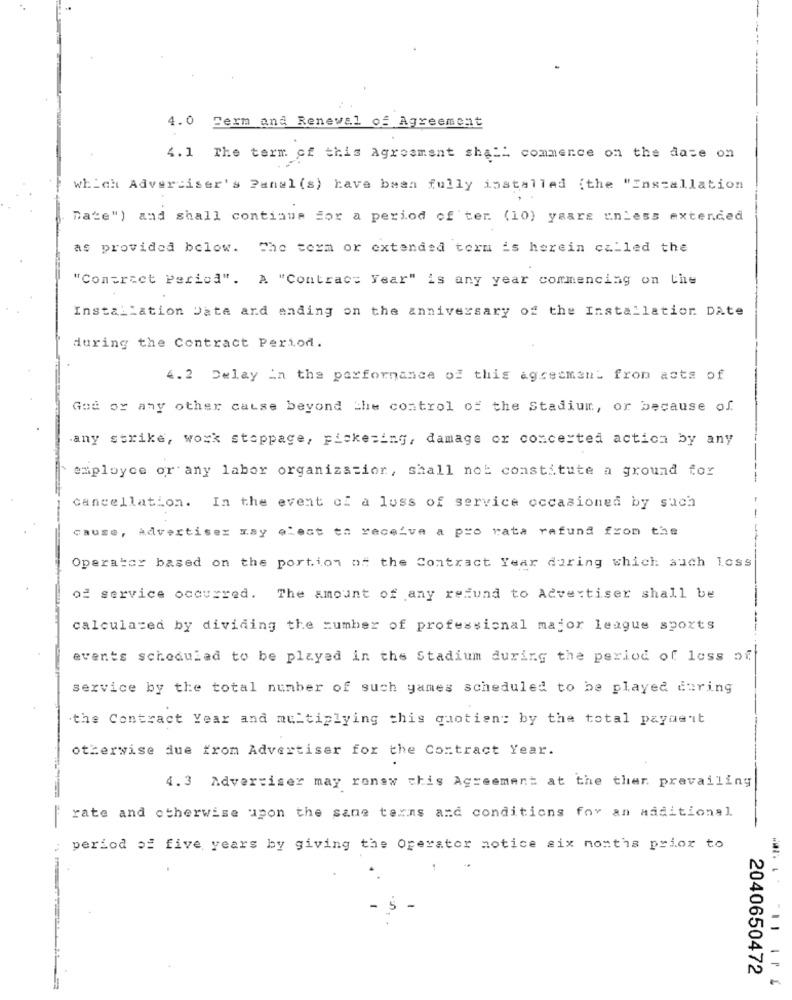
4.0 Perm and Renewal of Agreement
4. 1 The term of this Agreement shall commence on the date on
which Advertiser's Panel (s) have been fully installed (the "Installation
Date") and shall continue for a period of ter. (10) years unless extended
as provided below. The term or extended term is herein called the
"Contract Perica". A "Contract Year" is any year commencing on Line
Installation Data and ending on the anniversary of the Installation DAte
during the Contract Period.
4.2 Delay in the performance of this agreement fron acts of
Got or any other cause beyond the control of the Stadium, or because of.
any strike, work stoppage, Fiske=ing, damage or concerted action by any
employee or any labor organization, shall not constitute a ground for
cancellation. In the event of a luss of service occasioned by such
cause, Advertiser ray efest to receive a pro rata refund from the
Operator based on the portion of the Contract Year during which auch loss
of service occurred. The amount of any refund to Advertiser shall be
calculated by dividing the number of professional major league sports
events scheduled to be played in the Stadium during the period of loss of
service by the total number of such games scheduled to be played during
the Contract Year and multiplying this quotien: by the total payment
otherwise due from Advertiser for the Contract Year.
4.3 Advertiser may renew this Agreement at the ther prevailing
rate and otherwise upon the same terms and conditions for an additional
period of five years by giving the Operator notice six months prior to
2040650472